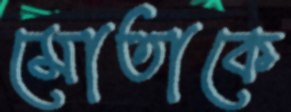
মোতাকে